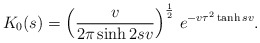
\begin{align*}K_0(s) = \left( \frac{v}{2 \pi \sinh 2 s v}\right)^{\frac12}\, e^{- v \tau^2 \tanh s v}. \end{align*}